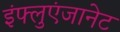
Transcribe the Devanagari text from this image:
इंफ्लुएंजानेट